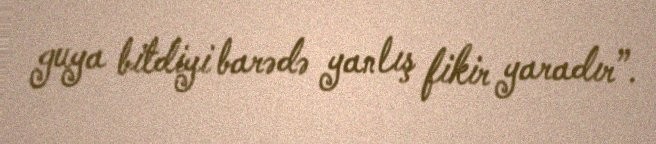
guya bitdiyi barədə yanlış fikir yaradır”.